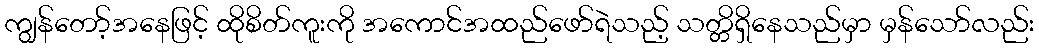
ကျွန်တော့်အနေဖြင့် ထိုစိတ်ကူးကို အကောင်အထည်ဖော်ရဲသည့် သတ္တိရှိနေသည်မှာ မှန်သော်လည်း